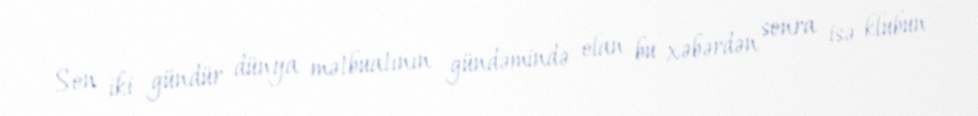
Son iki gündür dünya mətbuatının gündəmində olan bu xəbərdən sonra isə klubun